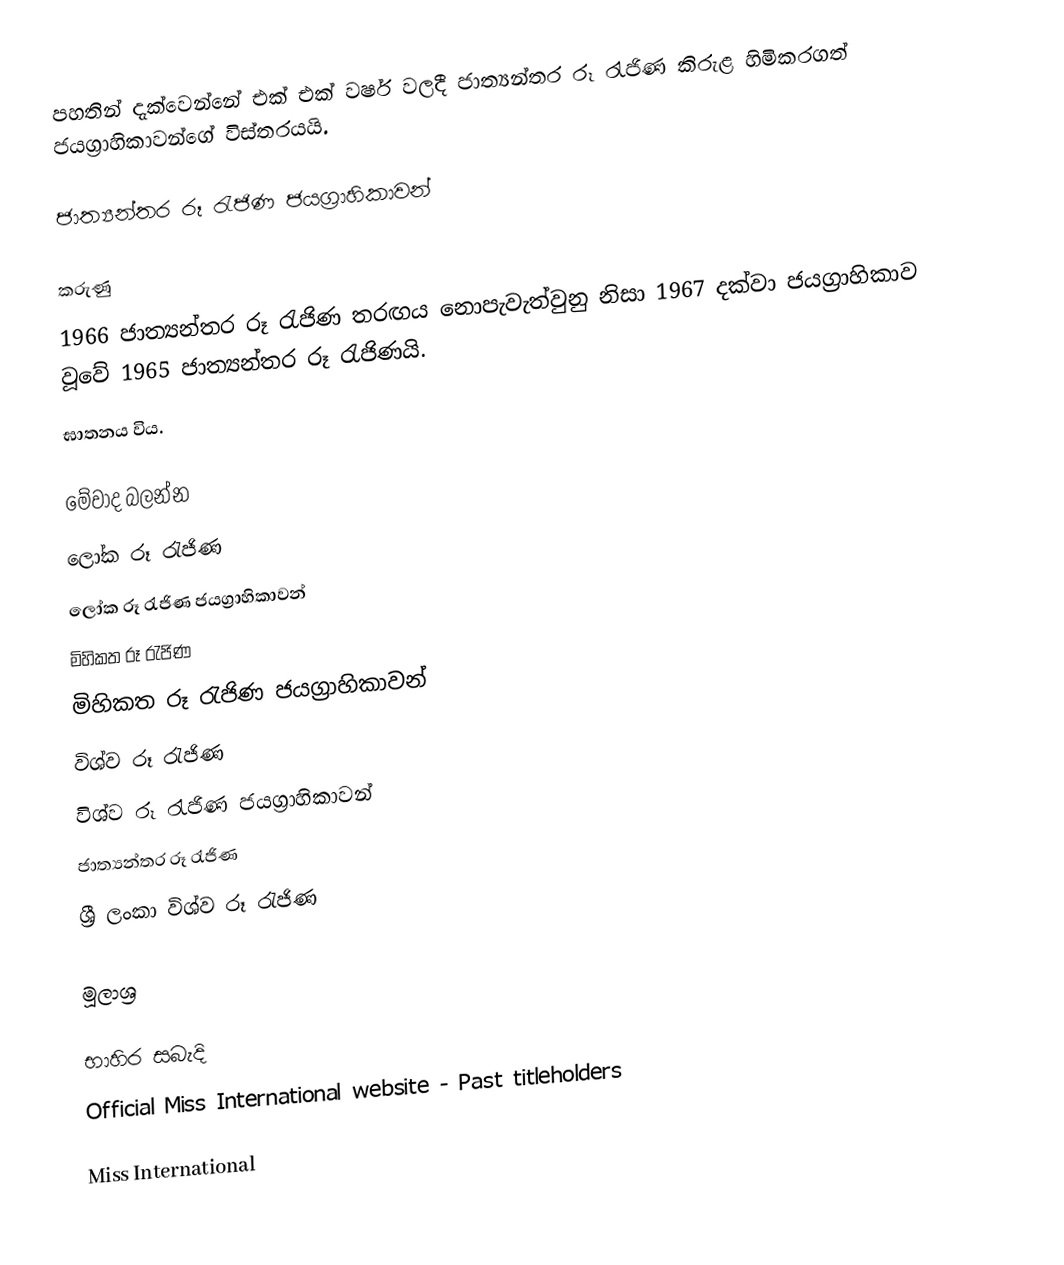
පහතින් දැක්වෙන්නේ එක් එක් වර්ෂ වලදී ජාත්‍යන්තර රූ රැජිණ කිරුළ හිමිකරගත් ජයග්‍රාහිකාවන්ගේ විස්තරයයි.

ජාත්‍යන්තර රූ රැජිණ ජයග්‍රාහිකාවන්

කරුණු
 1966 ජාත්‍යන්තර රූ රැජිණ තරඟය නොපැවැත්වුනු නිසා 1967 දක්වා ජයග්‍රාහිකාව වූවේ 1965 ජාත්‍යන්තර රූ රැජිණයි.
 ඝාතනය විය.

මේවාද බලන්න
ලෝක රූ රැජිණ
ලෝක රූ රැජිණ ජයග්‍රාහිකාවන්
මිහිකත රූ රැජිණ
මිහිකත රූ රැජිණ ජයග්‍රාහිකාවන්
විශ්ව රූ රැජිණ
විශ්ව රූ රැජිණ ජයග්‍රාහිකාවන්
ජාත්‍යන්තර රූ රැජිණ
ශ්‍රී ලංකා විශ්ව රූ රැජිණ

මූලාශ්‍ර

භාහිර සබැදි
Official Miss International website - Past titleholders

Miss International